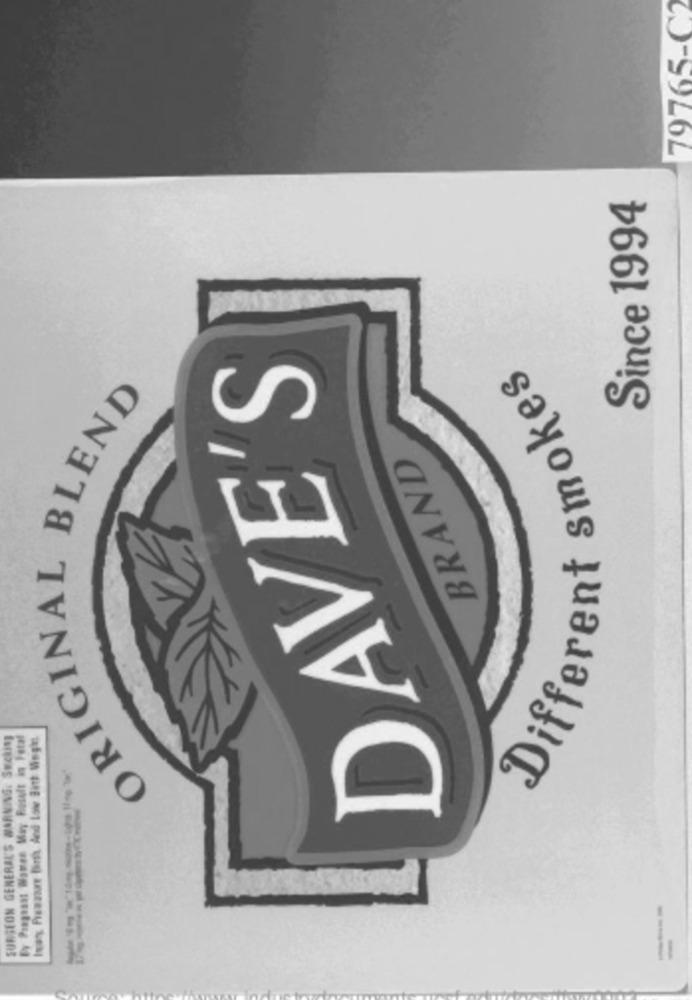
79765-C2
Since 1994
DAVE'S
ORIGINAL BLEND
Different smokes
BRAND
SURGEON GENERAL'S WARNING. SEckIN
By Pregnant Women May Result in Fetal
Ivay Preware Birth And Low Bitt Megh